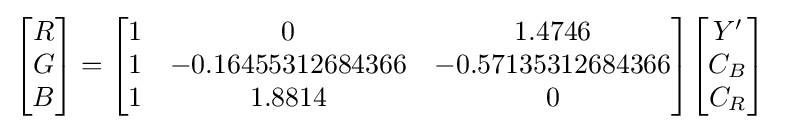
{\begin{aligned}{\begin{bmatrix}R\\G\\B\end{bmatrix}}&={\begin{bmatrix}1&0&1.4746\\1&-0.16455312684366&-0.57135312684366\\1&1.8814&0\end{bmatrix}}{\begin{bmatrix}Y'\\C_{B}\\C_{R}\end{bmatrix}}\end{aligned}}